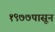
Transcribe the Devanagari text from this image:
१९७७पासून